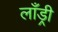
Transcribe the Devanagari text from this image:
लाँड्री